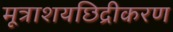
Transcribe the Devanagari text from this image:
मूत्राशयछिद्रीकरण